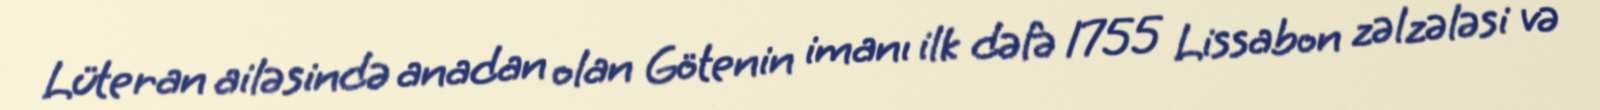
Lüteran ailəsində anadan olan Götenin imanı ilk dəfə 1755 Lissabon zəlzələsi və